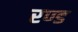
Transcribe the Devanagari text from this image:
रण्ड